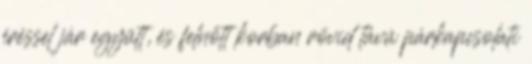
éréssel jár együtt, és felnőtt korban rövid távú párkapcsolati